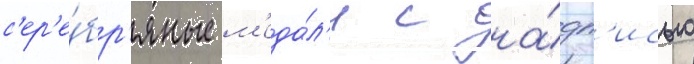
с'ер'е́бр'яные м'еда́л'и с на́дп'исью